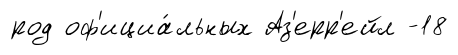
род оф'ициа́льных Аз'ерр'ейл -18